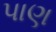
પાણ